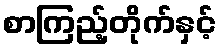
စာကြည့်တိုက်နှင့်